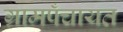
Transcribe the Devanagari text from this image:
ग्रामपँचायत